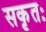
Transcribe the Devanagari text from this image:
सकृतः